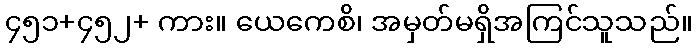
၄၅၁+၄၅၂+ ကား။ ယေကေစိ၊ အမှတ်မရှိအကြင်သူသည်။